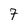
Character: 7